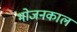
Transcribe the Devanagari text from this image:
भोजनकाल